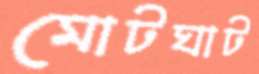
মোটঘাট